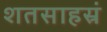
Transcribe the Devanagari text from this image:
शतसाहस्रं